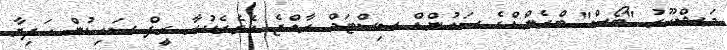
މަޝްހޫރު "ބޯސް" ބްރެންޑްގެ ސައުންޑް ސިސްޓަމް ރާއްޖެ އެތެރެކުރާ ރީފް ސައިޑުން ހަދިޔާ